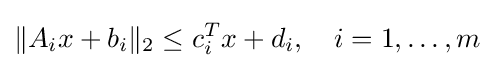
\lVert A_{i}x+b_{i}\rVert _{2}\leq c_{i}^{T}x+d_{i},\quad i=1,\dots ,m